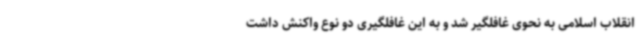
انقلاب اسلامی به نحوی غافلگیر شد و به این غافلگیری دو نوع واکنش داشت